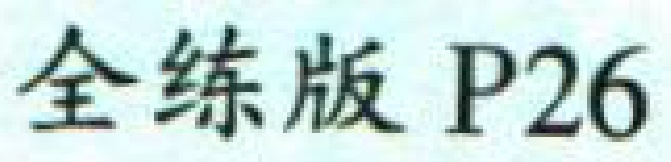
全练版 P26